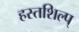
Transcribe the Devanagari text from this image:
हस्तशिल्प्